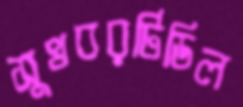
সুখবরটিডিল